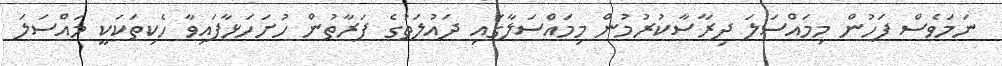
ނަމަވެސް ފަހުން މިމައްސަލަ ދިރާސާކުރުމުން މިމައްސަލާގައި ދައުލަތުގެ ފަރާތުން ހުށަހަޅާފައިވާ ހެކިތަކަކީ މައްސަލަ